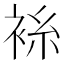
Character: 𫋼